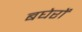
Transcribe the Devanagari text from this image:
बघेरों